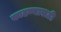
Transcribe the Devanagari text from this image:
काढण्यासठी